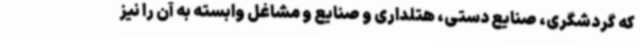
که گردشگری، صنایع دستی، هتلداری و صنایع و مشاغل وابسته به آن را نیز